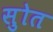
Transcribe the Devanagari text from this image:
सुोत